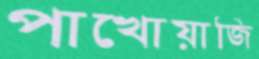
পাখোয়াজি